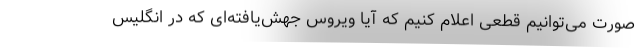
صورت می‌توانیم قطعی اعلام کنیم که آیا ویروس جهش‌یافته‌ای که در انگلیس